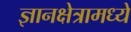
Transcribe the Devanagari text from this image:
ज्ञानक्षेत्रामध्ये